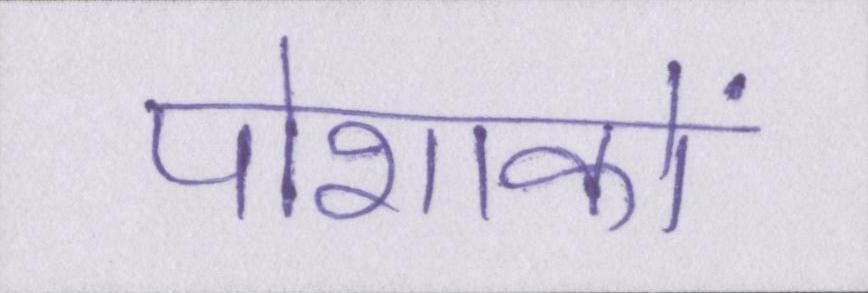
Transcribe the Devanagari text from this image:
पोशाकों